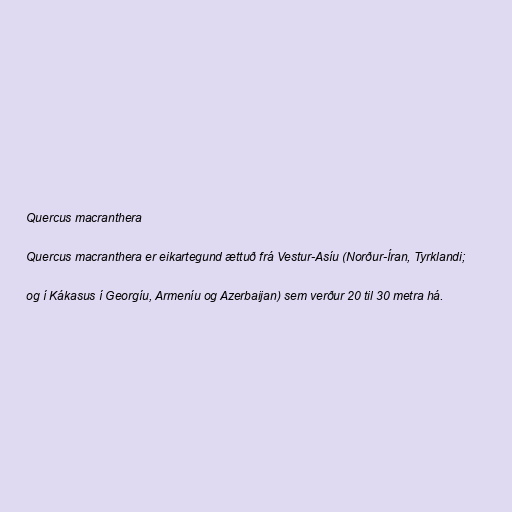
Quercus macranthera

Quercus macranthera er eikartegund ættuð frá Vestur-Asíu (Norður-Íran, Tyrklandi;

og í Kákasus í Georgíu, Armeníu og Azerbaijan) sem verður 20 til 30 metra há.